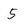
Character: 5